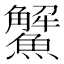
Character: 𩼠